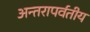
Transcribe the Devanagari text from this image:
अन्तरापर्वतीय